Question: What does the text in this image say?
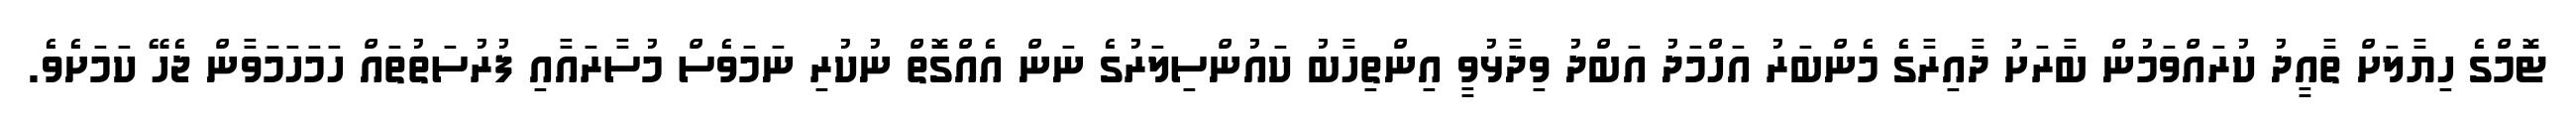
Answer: ޓޮމްގެ ހިޔާލަށް ތާއީދު ކުރައްވަމުން ބާރަށު ދާއިރާގެ މެންބަރު އަހްމަދު އަބްދު ވިދާޅުވީ އިންތިހާބު ކައުންސިލަރުގެ ނަން އެއްގޮތް ނުކުރި ނަމަވެސް މުސާރައާއި ފުރުސަތުތައް ހަމަހަމަވާން ޖެހޭ ކަމަށެވެ.